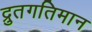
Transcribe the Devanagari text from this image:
द्रुतगतिमान